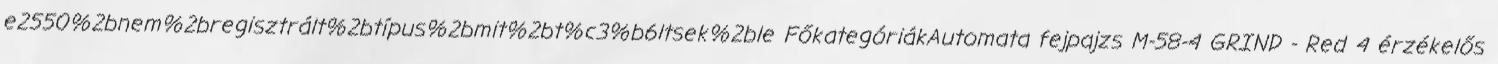
e2550%2bnem%2bregisztrált%2btípus%2bmit%2bt%c3%b6ltsek%2ble FőkategóriákAutomata fejpajzs M-58-4 GRIND - Red 4 érzékelős